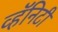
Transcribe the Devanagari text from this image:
व्हॅनिटी